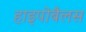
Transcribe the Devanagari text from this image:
हाइपोबैलस